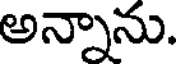
అన్నాను.